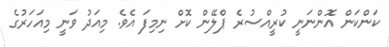
ކަންކަން އޮންނަނީ ކުރީއްސުރެ ޕްލޭން ކޮށް ނިމިފަ އެވެ. މިއަދު ވަނީ މިއަހަރުގެ